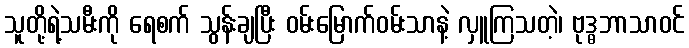
သူတို့ရဲ့သမီးကို ရေစက် သွန်းချပြီး ဝမ်းမြောက်ဝမ်းသာနဲ့ လှူကြသတဲ့၊ ဗုဒ္ဓဘာသာဝင်